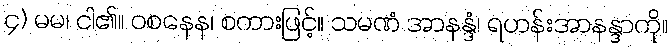
၄) မမ၊ ငါ၏။ ဝစနေန၊ စကားဖြင့်။ သမဏံ အာနန္ဒံ၊ ရဟန်းအာနန္ဒာကို။